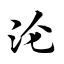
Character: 沦